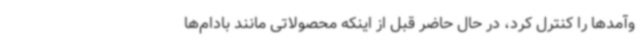
وآمدها را کنترل کرد، در حال حاضر قبل از اینکه محصولاتی مانند بادام‌ها